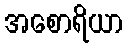
အစောရိယာ